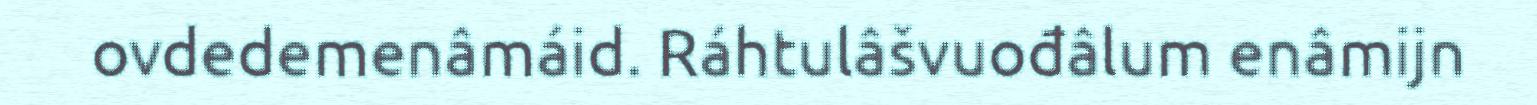
ovdedemenâmáid. Ráhtulâšvuođâlum enâmijn